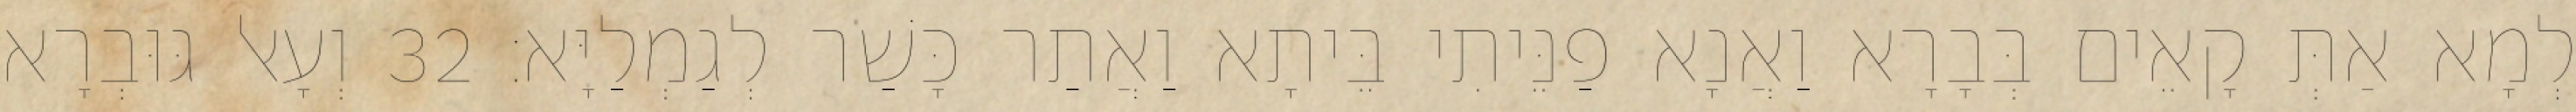
לְמָא אַתְּ קָאֵים בְּבָרָא וַאֲנָא פַנֵּיתִי בֵּיתָא וַאֲתַר כָּשַׁר לְגַמְלַיָּא׃ 32 וְעָאל גּוּבְרָא